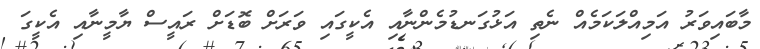
މާބައިވަރު އަމިއްލަކަމެއް ނެތި އަޅުގަނޑުމެންނާއި އެކީގައި ވަރަށް ބޮޑަށް ރައީސް ޔާމީނާއި އެކީގަ